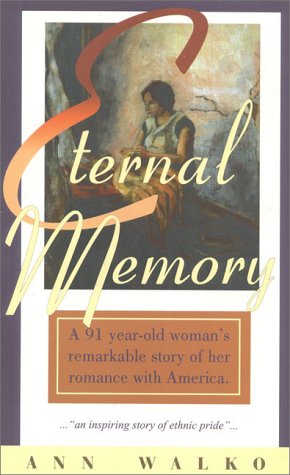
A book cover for Eternal Memory; Ann Walko; Biographies & Memoirs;